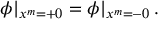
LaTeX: \phi \vert _ { x ^ { m } = + 0 } = \phi \vert _ { x ^ { m } = - 0 } \, .